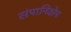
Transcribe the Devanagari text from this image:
संपानिक्षेप